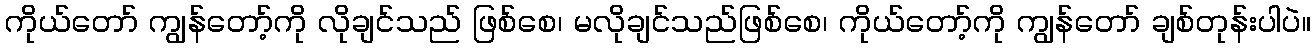
ကိုယ်တော် ကျွန်တော့်ကို လိုချင်သည် ဖြစ်စေ၊ မလိုချင်သည်ဖြစ်စေ၊ ကိုယ်တော့်ကို ကျွန်တော် ချစ်တုန်းပါပဲ။